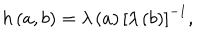
h \left( a , b \right) = \lambda \left( a \right) \left[ \lambda \left( b \right) \right] ^ { - 1 } ,